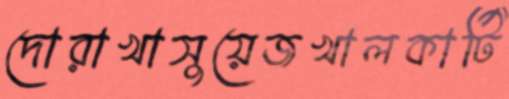
দোরাখাসুয়েজখালকার্টি